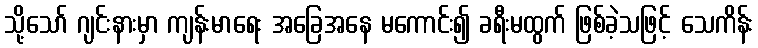
သို့သော် ဂျင်းနားမှာ ကျန်းမာရေး အခြေအနေ မကောင်း၍ ခရီးမထွက် ဖြစ်ခဲ့သဖြင့် သေကိန်း